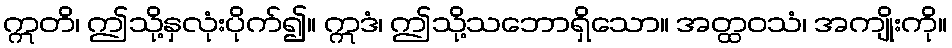
ဣတိ၊ ဤသို့နှလုံးပိုက်၍။ ဣဒံ၊ ဤသို့သဘောရှိသော။ အတ္ထဝသံ၊ အကျိုးကို။